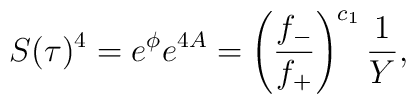
S(\tau)^4 = e^{\phi} e^{4A} = \left( \frac{f_-}{f_+} \right)^{c_1}\frac{1}{Y},